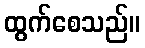
ထွက်စေသည်။